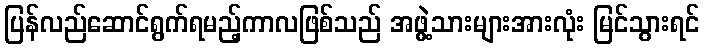
ပြန်လည်ဆောင်ရွက်ရမည့်ကာလဖြစ်သည် အဖွဲ့သားများအားလုံး မြင်သွားရင်